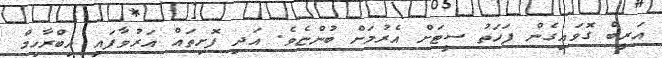
އަރީބް ގޮވައިގެން ފަހަތު ސީޓަށް އެރުމަށް ބުންޏެވެ. އަދި ފޮށިތައް އަރުވާފައި އިބްރާހިމް